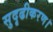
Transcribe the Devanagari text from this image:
सुदृढीकरण।